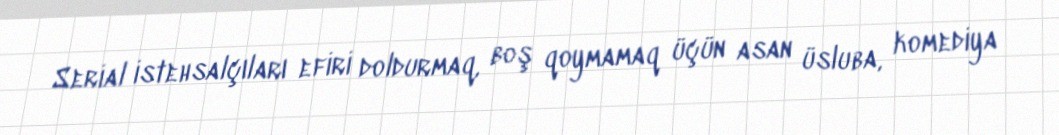
Serial istehsalçıları efiri doldurmaq, boş qoymamaq üçün asan üsluba, komediya